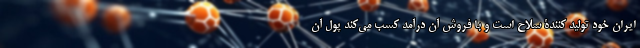
ایران خود تولید کنندۀ سلاح است و با فروش آن درآمد کسب می‌کند پول آن